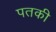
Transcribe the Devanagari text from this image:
पतकी